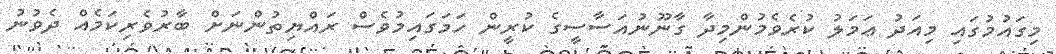
މިގައުމުގައި މިއަދު ޢަމަލު ކުރެވެމުންމިދާ ގާނޫނުއަސާސީގެ ކުރީން ހަމަގައިމުވެސް ރައްޔިތުންނަށް ބާރުވެރިކަމެއް ދެވުނު